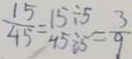
\frac { 1 5 } { 4 5 } = \frac { 1 5 \div 5 } { 4 5 \div 5 } = \frac { 3 } { 9 }